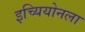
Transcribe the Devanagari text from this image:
इच्यियोनला